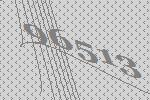
96513